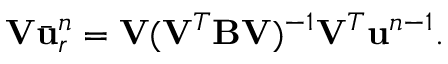
\mathbf { V } \bar { \ensuremath { \mathbf { u } } } _ { r } ^ { n } = \mathbf { V } ( \mathbf { V } ^ { T } \mathbf { B } \mathbf { V } ) ^ { - 1 } \mathbf { V } ^ { T } \ensuremath { \mathbf { u } } ^ { n - 1 } .